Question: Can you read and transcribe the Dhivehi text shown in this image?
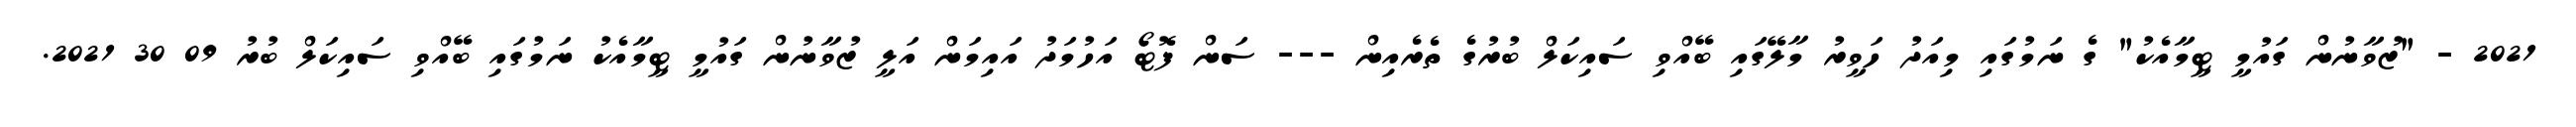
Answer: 2021 - "ޒުވާނުން ގައުމީ ޓީމާއެކު" ގެ ނަމުގައި މިއަދު ހަވީރު މާލޭގައި ބޭއްވި ސައިކަލް ބުރުގެ ތެރެއިން --- ސަން ފޮޓޯ އަހުމަދު އައިމަން އަލީ ޒުވާނުން ގައުމީ ޓީމާއެކު ނަމުގައި ބޭއްވި ސައިކަލް ބުރު 09 30 2021.